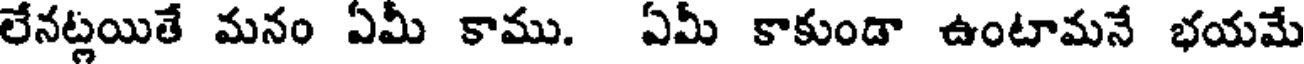
లేనట్లయితే మనం ఏమీ కాము. ఏమీ కాకుండా ఉంటామనే భయమే